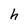
Character: h